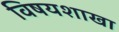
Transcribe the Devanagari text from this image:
विषयशाखा